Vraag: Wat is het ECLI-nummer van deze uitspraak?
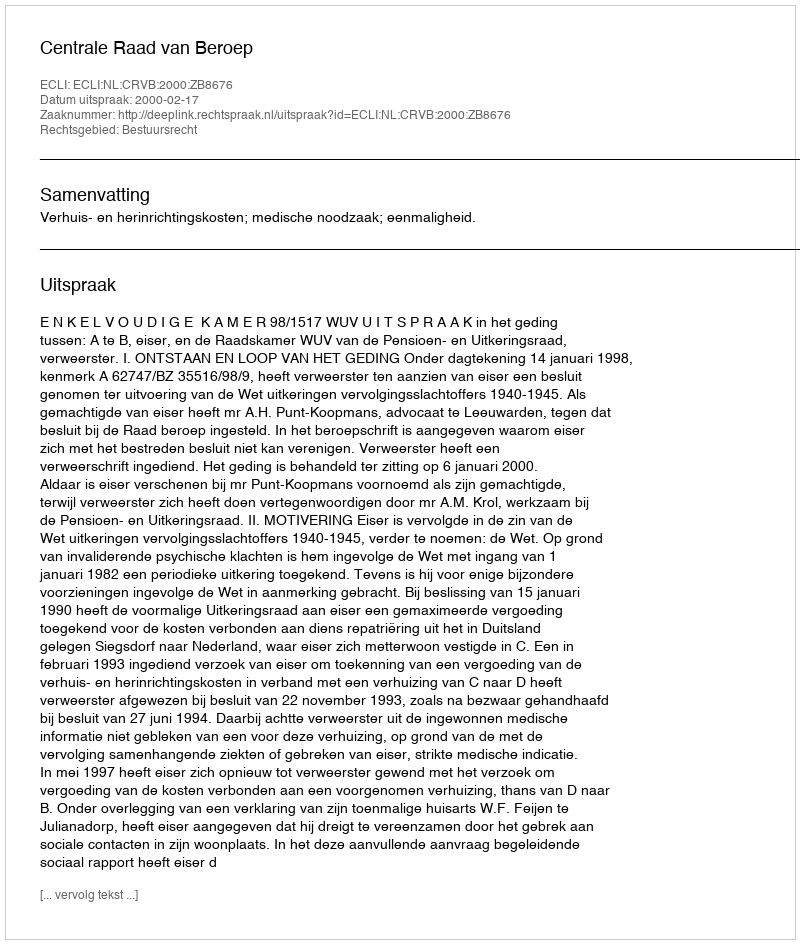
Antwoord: ECLI:NL:CRVB:2000:ZB8676